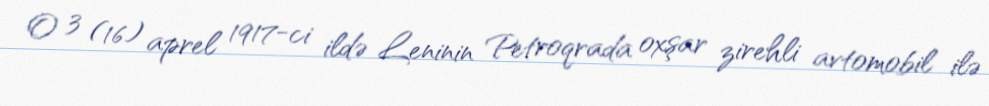
O 3 (16) aprel 1917-ci ildə Leninin Petroqrada oxşar zirehli avtomobil ilə